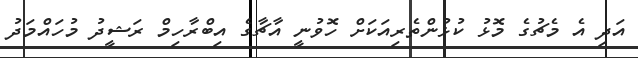
އަދި އެ މެޗުގެ މޮޅު ކުޅުންތެރިއަކަށް ހޮވުނީ އާޗާގެ އިބްރާހިމް ރަޝީދު މުހައްމަދު